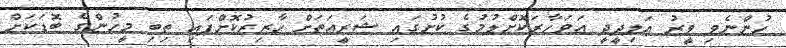
ހުންނެވި ވީރު އަލިދީދީ އަވަހާރަކޮށްލުމުގެ ކުށުގައި ޝަރީއަތަށް ހާޒިރުކޮށްފައި ތިބި މީހުންގެ ބޮޑަކަށް